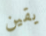
يقين